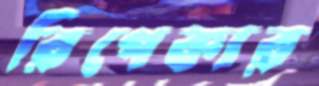
রিপেকার